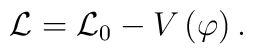
\mathcal{L=L}_0-V\left( \varphi \right) .